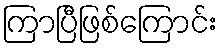
ကြာပြီဖြစ်ကြောင်း